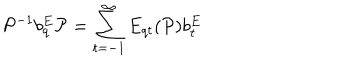
{ \cal P } ^ { - 1 } b _ { q } ^ { E } { \cal P } = \sum _ { t = - 1 } ^ { \infty } E _ { q t } ( { \cal P } ) b _ { t } ^ { E }